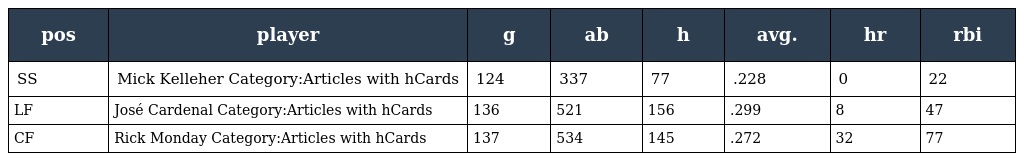
| pos | player | g | ab | h | avg. | hr | rbi |
 | --- | --- | --- | --- | --- | --- | --- | --- |
 | SS | Mick Kelleher Category:Articles with hCards | 124 | 337 | 77 | .228 | 0 | 22 |
 | LF | José Cardenal Category:Articles with hCards | 136 | 521 | 156 | .299 | 8 | 47 |
 | CF | Rick Monday Category:Articles with hCards | 137 | 534 | 145 | .272 | 32 | 77 |